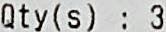
QTY(S) : 3